65_HS1-834228961_62-HQ-83894_Section_9
Agency: FBI
Page 17
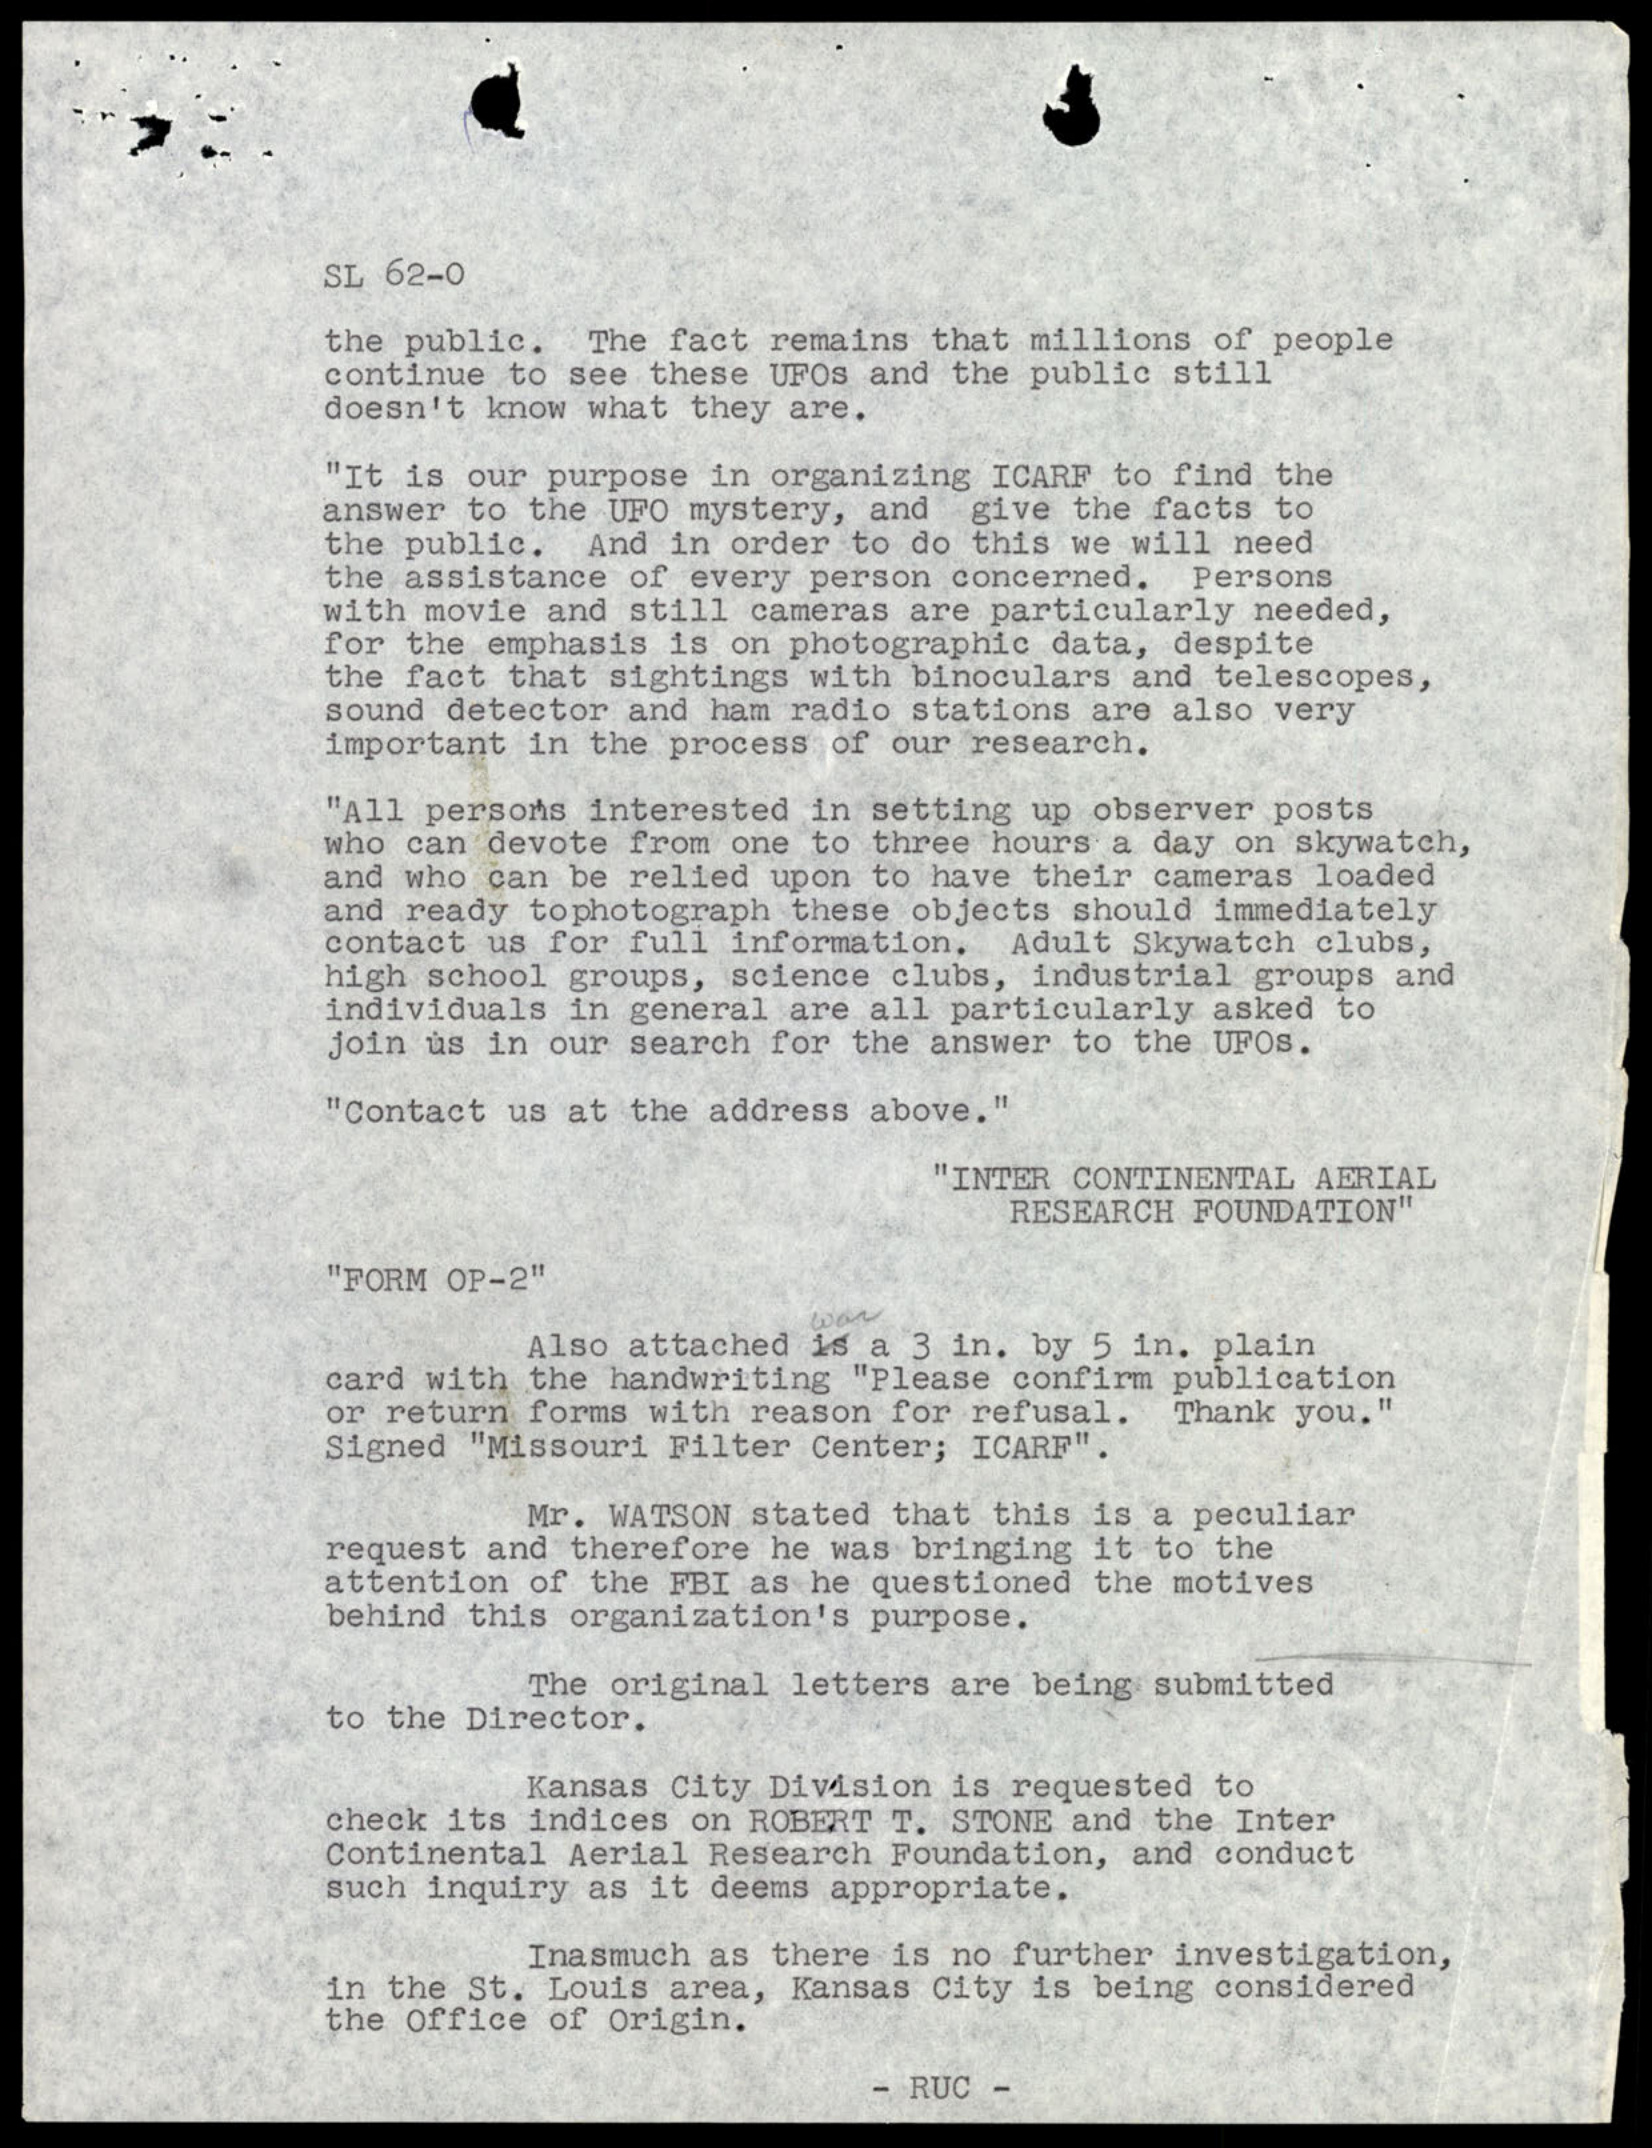